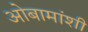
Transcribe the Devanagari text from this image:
ओबामांशी